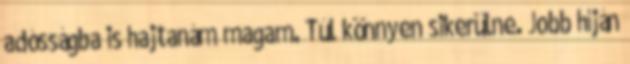
adósságba is hajtanám magam. Túl könnyen sikerülne. Jobb híján